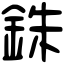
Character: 銖